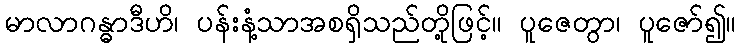
မာလာဂန္ဓာဒီဟိ၊ ပန်းနံ့သာအစရှိသည်တို့ဖြင့်။ ပူဇေတွာ၊ ပူဇော်၍။